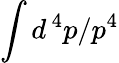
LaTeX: \int d^{\, 4}p/p^{4}